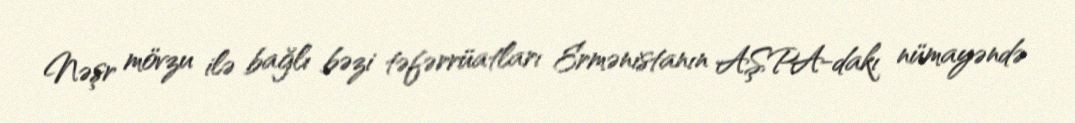
Nəşr mövzu ilə bağlı bəzi təfərrüatları Ermənistanın AŞPA-dakı nümayəndə